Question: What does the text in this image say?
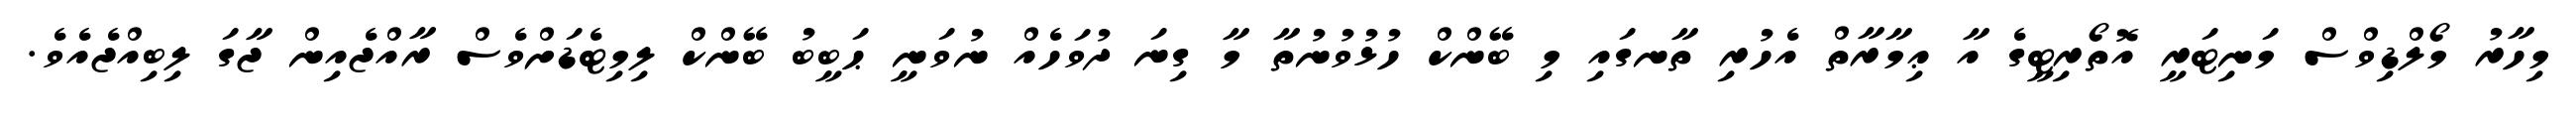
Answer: މިހާރު މޯލްޑިވްސް މަނިޓަރީ އޮތޯރިޓީގެ އާ ޢިމާރާތް އެހުރި ތާނގައި މި ބޭންކް ހުޅުވުނުތާ މާ ގިނަ ދުވަހެއް ނުވަނީ ޙަބީބު ބޭންކް ލިމިޓެޑަށްވެސް ރާއްޖެއިން ޖާގަ ލިބިއްޖެއެވެ.